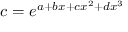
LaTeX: c = e ^ { a + b x + c x ^ { 2 } + d x ^ { 3 } }